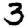
Digit: 3